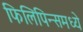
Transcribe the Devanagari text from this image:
फिलिपिन्समध्ये